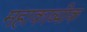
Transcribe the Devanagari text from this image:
महाकाव्यीक